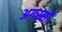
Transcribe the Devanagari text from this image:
अगस्सी